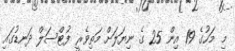
މި މަހުގެ 19 އިން 25 ގެ ނިޔަލަށް މަތިވެރީ ފުޓްސަލް ދަނޑުގައި